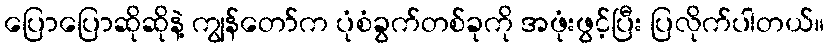
ပြောပြောဆိုဆိုနဲ့ ကျွန်တော်က ပုံစံခွက်တစ်ခုကို အဖုံးဖွင့်ပြီး ပြလိုက်ပါတယ်။